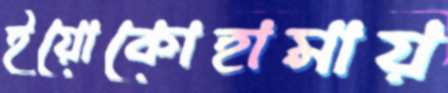
ইয়োকোহামায়